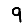
Digit: 9